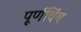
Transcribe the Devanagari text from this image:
पूर्णबिंब